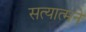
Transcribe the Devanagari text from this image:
सत्यात्मने